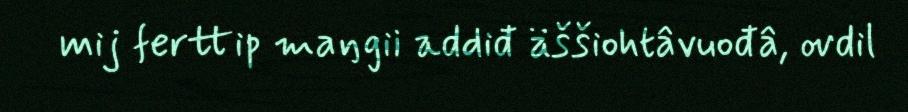
mij ferttip maŋgii addiđ äššiohtâvuođâ, ovdil